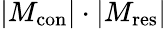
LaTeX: |M_{\mathrm{{con}}}|\cdot|M_{\mathrm{{res}}}|